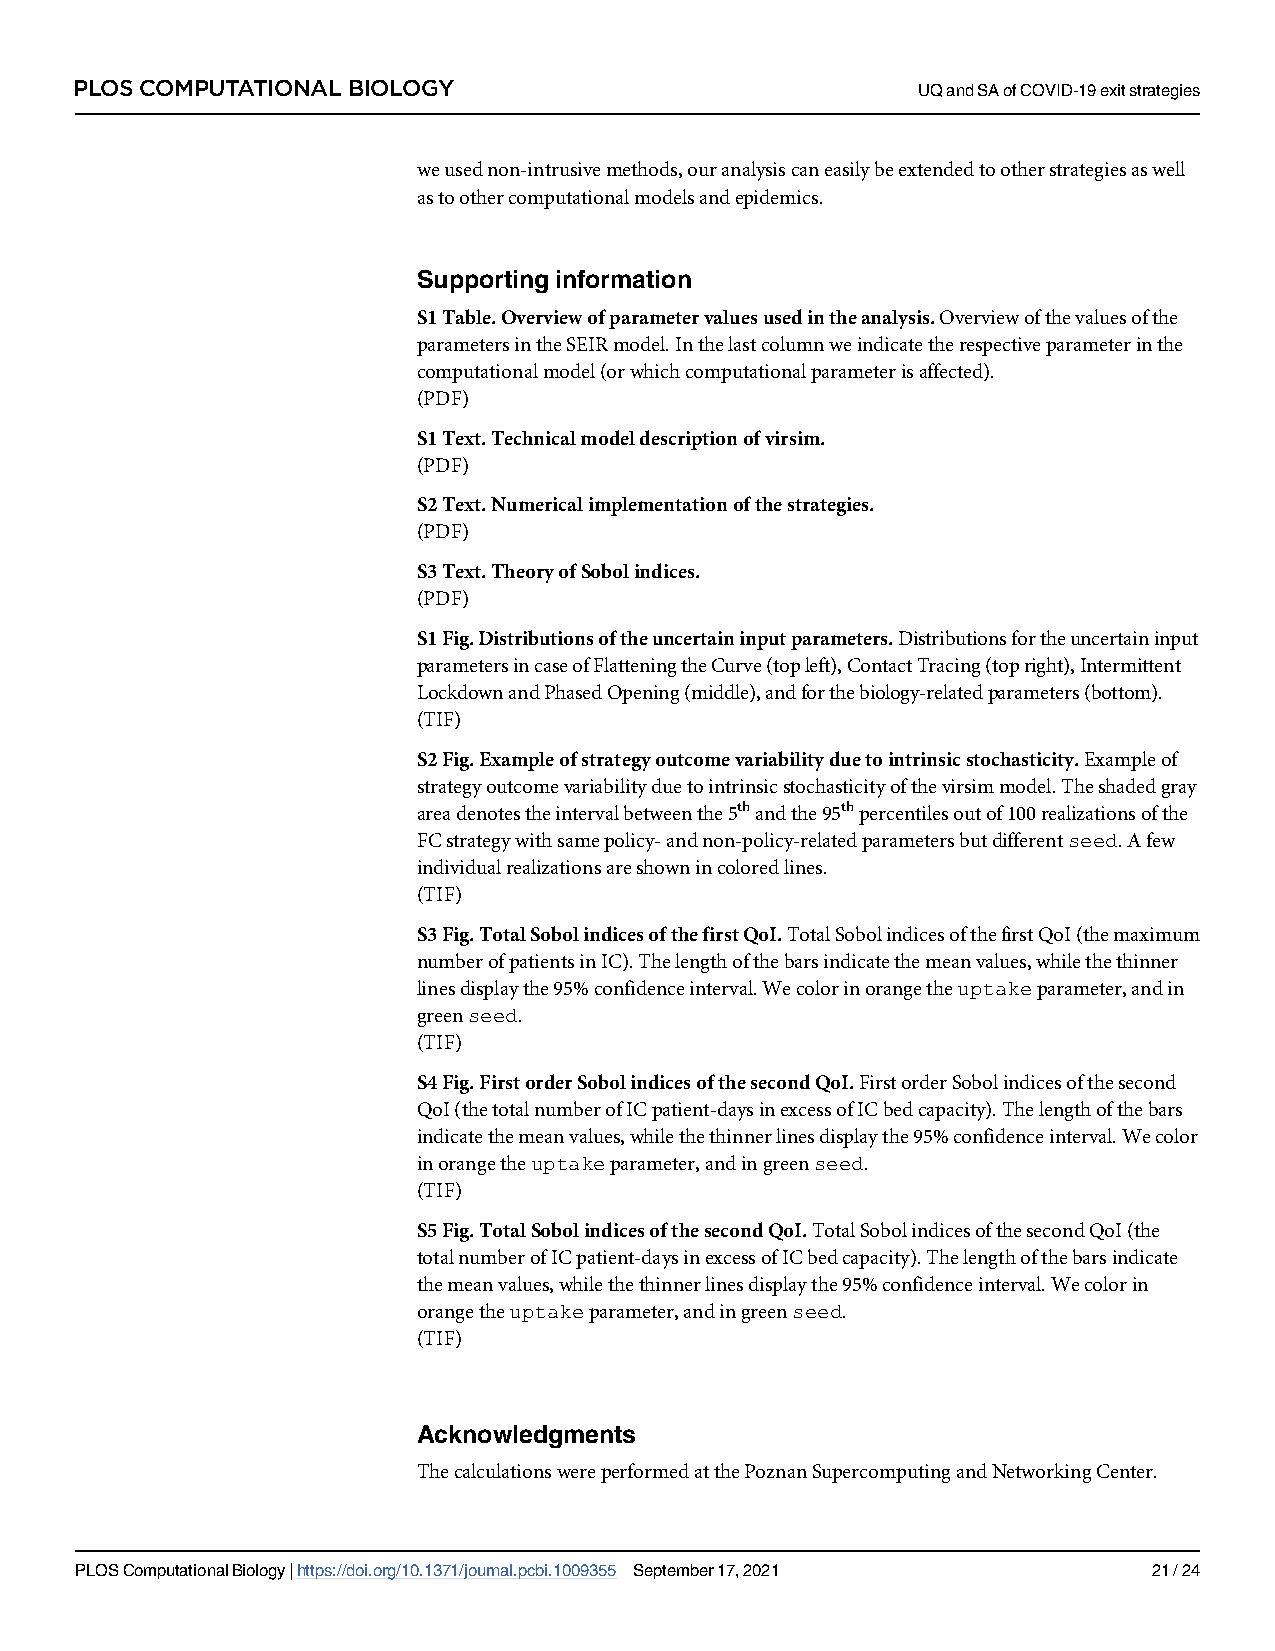
PLOS COMPUTATIONAL BIOLOGY                              UQandSAofCOVID-19exitstrategies
 weusednon-intrusivemethods,ouranalysiscaneasilybeextendedtootherstrategiesaswell
 astoothercomputationalmodelsandepidemics.
 Supportinginformation
 S1Table.Overviewofparametervaluesusedintheanalysis.Overviewofthevaluesofthe
 parametersintheSEIRmodel.Inthelastcolumnweindicatetherespectiveparameterinthe
 computationalmodel(orwhichcomputationalparameterisaffected).
 (PDF)
 S1Text.Technicalmodeldescriptionofvirsim.
 (PDF)
 S2Text.Numericalimplementationofthestrategies.
 (PDF)
 S3Text.TheoryofSobolindices.
 (PDF)
 S1Fig.Distributionsoftheuncertaininputparameters.Distributionsfortheuncertaininput
 parametersincaseofFlatteningtheCurve(topleft),ContactTracing(topright),Intermittent
 LockdownandPhasedOpening(middle),andforthebiology-relatedparameters(bottom).
 (TIF)
 S2Fig.Exampleofstrategyoutcomevariabilityduetointrinsicstochasticity.Exampleof
 strategyoutcomevariabilityduetointrinsicstochasticityofthevirsimmodel.Theshadedgray
 areadenotestheintervalbetweenthe5thandthe95thpercentilesoutof100realizationsofthe
 FCstrategywithsamepolicy-andnon-policy-relatedparametersbutdifferentseed.Afew
 individualrealizationsareshownincoloredlines.
 (TIF)
 S3Fig.TotalSobolindicesofthefirstQoI.TotalSobolindicesofthefirstQoI(themaximum
 numberofpatientsinIC).Thelengthofthebarsindicatethemeanvalues,whilethethinner
 linesdisplaythe95%confidenceinterval.Wecolorinorangetheuptakeparameter,andin
 greenseed.
 (TIF)
 S4Fig.FirstorderSobolindicesofthesecondQoI.FirstorderSobolindicesofthesecond
 QoI(thetotalnumberofICpatient-daysinexcessofICbedcapacity).Thelengthofthebars
 indicatethemeanvalues,whilethethinnerlinesdisplaythe95%confidenceinterval.Wecolor
 inorangetheuptakeparameter,andingreenseed.
 (TIF)
 S5Fig.TotalSobolindicesofthesecondQoI.TotalSobolindicesofthesecondQoI(the
 totalnumberofICpatient-daysinexcessofICbedcapacity).Thelengthofthebarsindicate
 themeanvalues,whilethethinnerlinesdisplaythe95%confidenceinterval.Wecolorin
 orangetheuptakeparameter,andingreenseed.
 (TIF)
 Acknowledgments
 ThecalculationswereperformedatthePoznanSupercomputingandNetworkingCenter.
 PLOSComputationalBiology|https://doi.org/10.1371/journal.pcbi.1009355 September17,2021 21/24